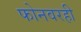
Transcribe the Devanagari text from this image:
फोनवरही